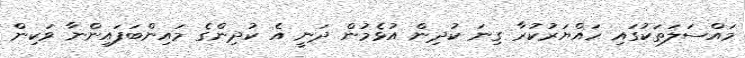
މައްސަލަތަކުގައި ހައްޔަރުކުރާ ގިނަ ކުދިން އުޅެމުން ދަނީ އެ ކުދިންގެ މައިންބަފައިންނާ ވަކިން